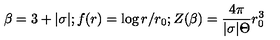
\beta = 3 + | \sigma | ; f ( r ) = \log r / r _ { 0 } ; Z ( \beta ) = \frac { 4 \pi } { | \sigma | { \Theta } } r _ { 0 } ^ { 3 }